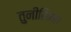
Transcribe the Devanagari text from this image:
तुनीसिया।